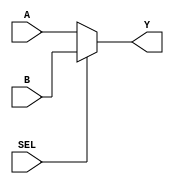
module mux_2_1 (
    input A,
    input B,
    input SEL,
    output Y
);

assign Y = (SEL == 1) ? B : A;

endmodule